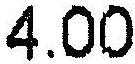
4.00